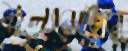
মূল্যবোধের